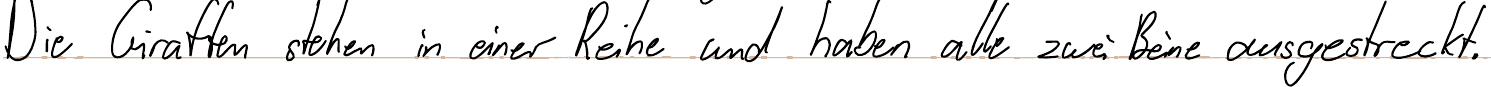
Die Giraffen stehen in einer Reihe und haben alle zwei Beine ausgestreckt.